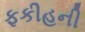
ફકીહની